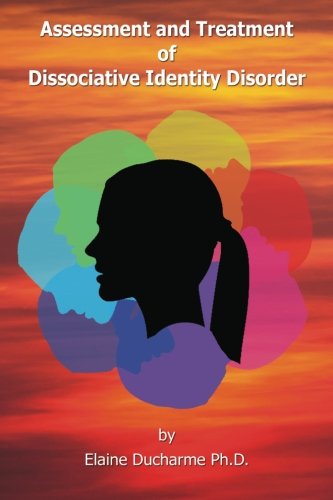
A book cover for Assessment and Treatment of Dissociative Identity Disorder; Elaine Ducharme Ph.D.; Health, Fitness & Dieting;